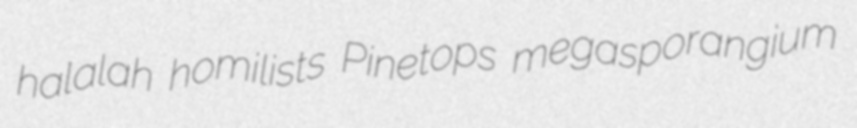
halalah homilists Pinetops megasporangium